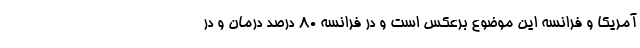
آمریکا و فرانسه این موضوع برعکس است و در فرانسه ۸۰ درصد درمان و در